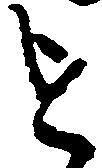
を